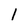
Character: 1